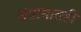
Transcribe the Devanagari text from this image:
संग्रामातही